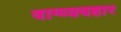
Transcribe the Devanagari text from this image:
वाग्व्यवहार